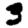
Digit: 3